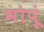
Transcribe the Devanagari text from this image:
भोपूं